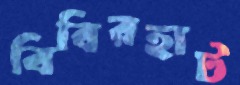
বিবিরহাট